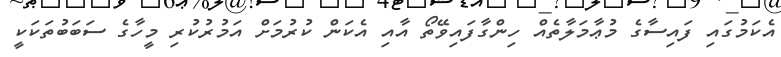
އެކަމުގައި ފައިސާގެ މުޢާމަލާތެއް ހިންގާފައިވޭތޯ އާއި އެކަން ކުރުމަށް އަމުރުކުރި މީހާގެ ސަބަބުތަކަކީ